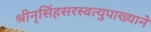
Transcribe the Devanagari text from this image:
श्रीनृसिंहसरस्वत्युपाख्याने